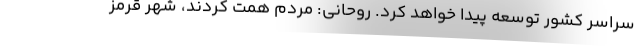
سراسر کشور توسعه پیدا خواهد کرد. روحانی: مردم همت کردند، شهر قرمز